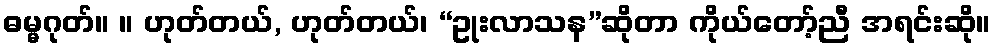
ဓမ္မဂုတ်။ ။ ဟုတ်တယ်, ဟုတ်တယ်၊ “ဥုးလာသန”ဆိုတာ ကိုယ်တော့်ညီ အရင်းဆို။